Annual report on the working of the lock hospitals in the Central Provinces
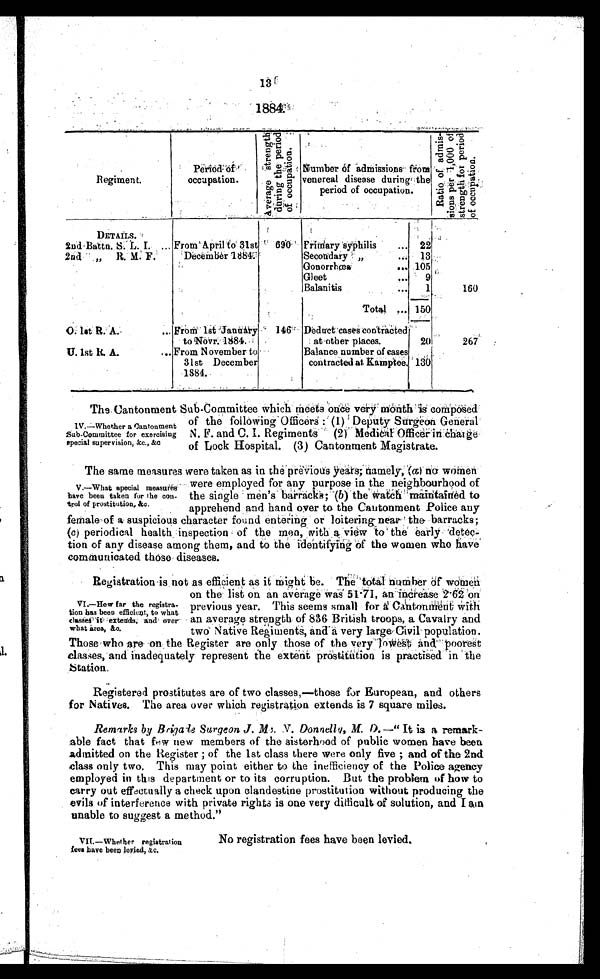
13
1884.
Regiment.
Peri
o d o f o c c u p a t i o n .
A v e r a g e s t r e n g t h d u r i n g t h e p e r o i d o f o c c u p a t i o n .
Number of Admissions from
venereal disease during the
period of occupation.
R a t i o o f a d m i s - s i o n s p e r 1 , 0 0 0 o f s t r e n g t h f o r p e r i o d o f o c c u p a t i o n .
DETAILS.
2nd Battn. S. L. I. ... From April to 31st
690 Primary syphilis
... 22
2nd „ R. M. F.
December 1884.
Secondary „
... 13
Gonorrhœa
...
1 0 5
Gleet
...
9
Balanitis
...
1
160
Total ... 150
O. 1st R.A.
... From 1st January
to Nove. 1884.
146 Deduct cases contracted
at other places.
20
267
U. 1st R. A.
... From November to
31st December
1884.
Balance number of cases
contracted at Kamptee. 130
The Cantonment Sub-Committee which meets once very month is composed
of the following Officers: (1) Deputy Surgeon General
N. F. and C. I. Regiments (2) . Medical Officer in charge
of Lock Hospital. (3) Cantonment Magistrate.
The same measures were taken as in the previous years; namely, (a) no women
were employed for any purpose in the neighbourhood of
the single men's barracks; ' (b) the watch maintained to
apprehend and hand over to the Cantonment Police any
female of a suspicious character found entering or loitering near the barracks;
(c) periodical health inspection of the men, with a view to the early detec-
tion of any disease among them, and to the identifying of the women who have
communicated those diseases.
Registration is not as efficient as it might be. The total number of
on the list on an average was 51 . 71, an increase 2·62 on
previous year. This seems small for Can tonment with
an average strength of 836 British troops, a Cavalry and
two Native Regiments, and a very large Civil population.
Those who are on the Register are only those of the very lowest and poorest
classes, and inadequately represent the extent prostitution is practised in the
station.
Registered prostitutes are of two classes,—those for European, and others
for Natives. The area over which registration extends is 7 square miles.
Remarks by Brigade Surgeon J. Mc. Donnelly, M. D.—" It is a remark-
able fact that few new members of the sisterhood of public women have been
admitted on the Register ; of the 1st class there were only five and of the 2nd
class only two. This may point either to the inefficiency of the Police agency
employed in this department or to its corruption. But the problem of how to
carry out effectually a check upon clandestine prostitution without producing the
evils of interference with private rights is one very difficult of solution, and I am
unable to suggest a method."
IV.—Whether a Cantonment
Sub-Committee for exercising
special supervision, &c., &c.
V.—What special measures
have been taken for the con-
trol of prostitution, &c.
VI.—How far the registra-
tion has been efficient, to what
classes it extends, and over
what area, &c.
V I I . — W h e t h e r r e g i s t r a t i o n f e e s h a v e b e e n l e v i e d , & c .
N o r e g i s t r a t i o n f e e s h a v e b e e n l e v i e d .
VIT.—Whether registration
fees have bees lensed,
No registration fees have been levied.